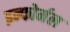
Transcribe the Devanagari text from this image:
इन्फोर्मल